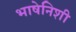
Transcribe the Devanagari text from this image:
भाषेनिशी